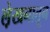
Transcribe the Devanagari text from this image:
ले़खनातून